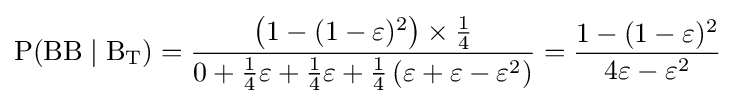
\mathrm {P(BB\mid B_{T})} ={\frac {\left(1-(1-\varepsilon )^{2}\right)\times {\frac {1}{4}}}{0+{\frac {1}{4}}\varepsilon +{\frac {1}{4}}\varepsilon +{\frac {1}{4}}\left(\varepsilon +\varepsilon -\varepsilon ^{2}\right)}}={\frac {1-(1-\varepsilon )^{2}}{4\varepsilon -\varepsilon ^{2}}}